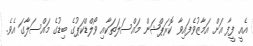
އެއީ ފީފާ އަށް އަމާޒުވެފައިވާ ކޮރަޕްޝަން މައްސަލަތަކާއި ވޯލްޑްކަޕުގެ ބިޑުގެ މައްސަލާގަ އެވެ.